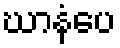
ဃာနံပေ